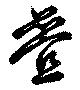
疊